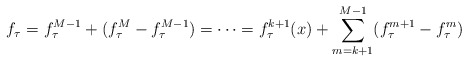
\begin{align*} f_{\tau}=f^{M-1}_{\tau}+(f_{\tau}^M-f^{M-1}_{\tau})=\cdots=f^{k+1}_{\tau}(x)+\sum_{m=k+1}^{M-1}(f^{m+1}_{\tau}-f^{m}_{\tau})\end{align*}